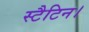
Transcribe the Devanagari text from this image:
स्टैटिन।